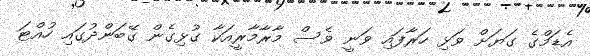
އެޑަމްގެ ގަޔަށް ވަޅި ހަރާފައި ވަނީ ވެސް މާރާމާރީއަކާ ގުޅިގެން ގޭބަންދުގައި ހުއްޓަ